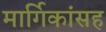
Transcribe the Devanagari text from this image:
मार्गिकांसह